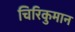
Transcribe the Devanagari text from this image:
चिरिकुमान